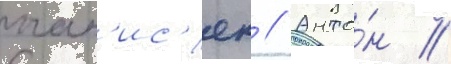
оган'ис'ян // Анто́н /